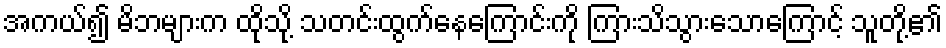
အကယ်၍ မိဘများက ထိုသို့ သတင်းထွက်နေကြောင်းကို ကြားသိသွားသောကြောင့် သူတို့၏